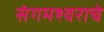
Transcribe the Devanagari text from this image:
संगमश्वराचे